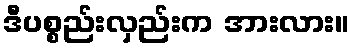
ဒီပစ္စည်းလှည်းက အားလား။